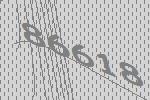
86618